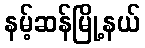
နမ့်ဆန်မြို့နယ်